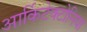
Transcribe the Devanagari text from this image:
आर्किटेक्टोनिया